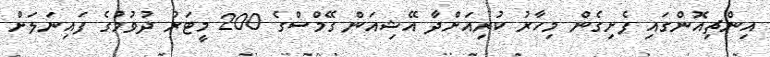
އިންޗިއޮންގައި ފެށިގެން މިހާރު ކުރިއަށްދާ އޭޝިއަން ގޭމްސްގެ 200 މީޓަރު ދުވުމުގެ ފައިނަލަށް